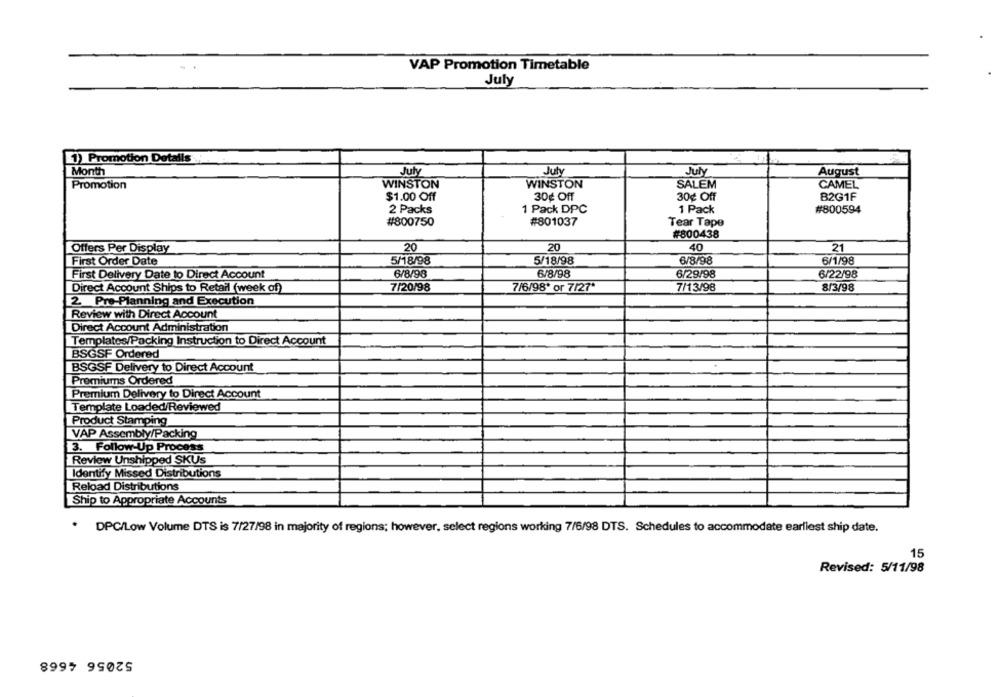
VAP Promotion Timetable
July
1) Promotion Detalls
Month
July
July
July
August
Promotion
WINSTON
WINSTON
SALEM
CAMEL
$1.00 Off
30¢ Off
30¢ Off
B2G1F
2 Packs
1 Pack DPC
1 Pack
#800594
#800750
#801037
Tear Tape
#800438
Offers Per Display
20
20
40
21
First Order Date
5/18/98
5/18/98
6/8/98
6/1/98
First Delivery Date to Direct Account
6/8/98
6/8/98
6/29/98
6/22/98
Direct Account Ships to Retail (week of)
7/20/98
7/6/98* or 7/27*
7/13/98
8/3/98
2 Pre-Planning and Execution
Review with Direct Account
Direct Account Administration
Templates/Packing Instruction to Direct Account
BSGSF Ordered
BSGSF Delivery to Direct Account
Premiums Ordered
Premium Delivery to Direct Account
Template Loaded/Reviewed
Product Stamping
VAP Assembly/Packing
3. Follow-Up Process
Review Unshipped SKUs
Identify Missed Distributions
Reload Distributions
Ship to Appropriate Accounts
.
DPC/Low Volume DTS is 7/27/98 in majority of regions; however, select regions working 7/6/98 DTS. Schedules to accommodate earliest ship date.
15
Revised: 5/11/98
52056 4668